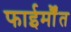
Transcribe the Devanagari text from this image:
फाईर्मौंत